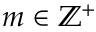
m \in \mathbb { Z } ^ { + }